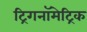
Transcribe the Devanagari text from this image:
ट्रिगनॉमेट्रिक